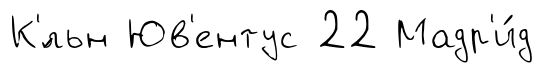
К'́льн Юв'ентус 22 Мадр'и́д